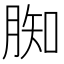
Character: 𦝔